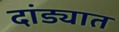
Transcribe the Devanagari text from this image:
दांड्यात